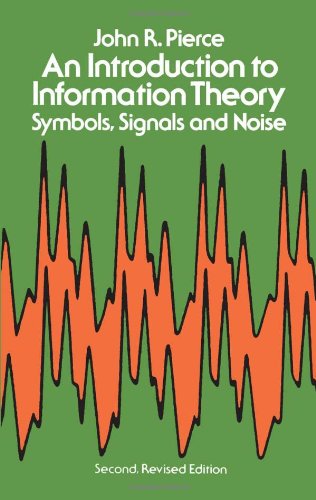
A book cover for An Introduction to Information Theory: Symbols, Signals and Noise (Dover Books on Mathematics); John R. Pierce; Computers & Technology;